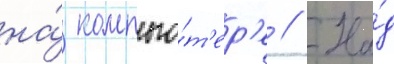
на́ компью́т'ер'е // На́д